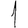
Digit: 1